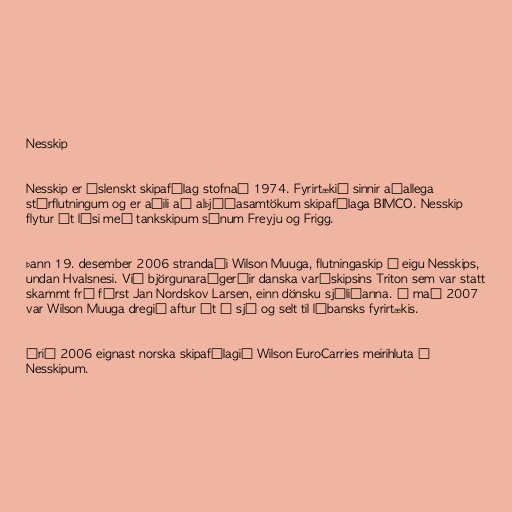
Nesskip

Nesskip er íslenskt skipafélag stofnað 1974. Fyrirtækið sinnir aðallega
stórflutningum og er aðili að alþjóðasamtökum skipafélaga BIMCO. Nesskip
flytur út lýsi með tankskipum sínum Freyju og Frigg.

Þann 19. desember 2006 strandaði Wilson Muuga, flutningaskip í eigu Nesskips,
undan Hvalsnesi. Við björgunaraðgerðir danska varðskipsins Triton sem var statt
skammt frá fórst Jan Nordskov Larsen, einn dönsku sjóliðanna. Í maí 2007
var Wilson Muuga dregið aftur út á sjó og selt til líbansks fyrirtækis.

Árið 2006 eignast norska skipafélagið Wilson EuroCarries meirihluta í
Nesskipum.